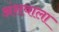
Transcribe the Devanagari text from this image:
अंशवाला